Note on the mental hospitals in Burma - 1925-1940
Year: 1925
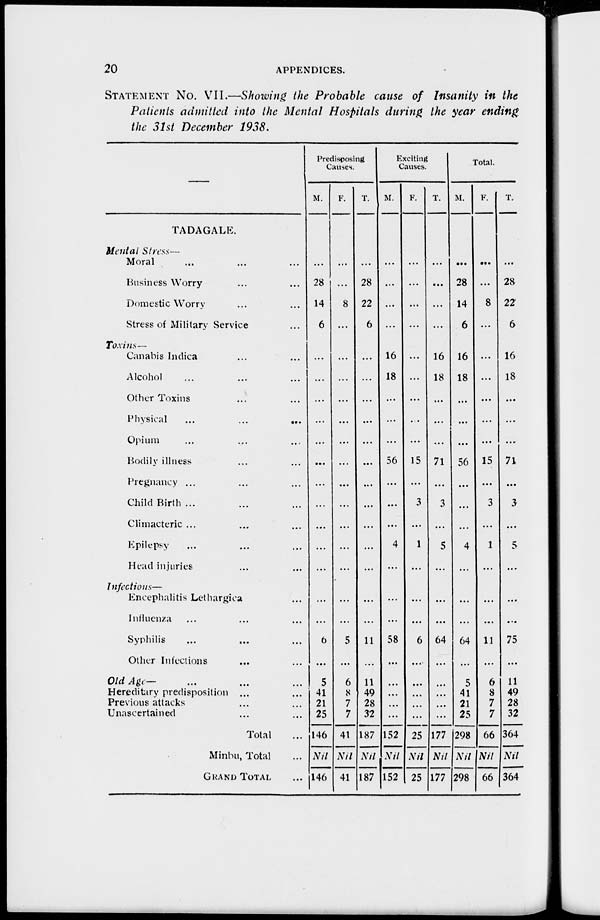
20
APPENDICES.
STATEMENT NO. VII.—Showing the Probable cause of Insanity in the
Patients admitted into the Mental Hospitals during the year ending
the 31st December 1938.
—
TADAGALE.
Mental Stress—
Moral ... ... ...
Business Worry ... ...
Domestic Worry ... ...
Stress of Military Service ...
Toxins—
Canabis Indica ... ...
Alcohol ... ... ...
Other Toxins ... ...
Physical ... ... ...
Opium ... ... ...
Bodily illness ... ...
Pregnancy ... ... ...
Child Birth ... ... ...
Climacteric ... ... ...
Epilepsy ... ... ...
Head injuries ... ...
Infections—
Encephalitis Lethargica ...
Influenza ... ... ...
Syphilis ... ... ...
Other Infections ... ...
Old Age— ... ... ...
Hereditary predisposition ...
Previous attacks ... ...
Unascertained ... ...
Total ...
Minbu, Total ...
GRAND TOTAL ...
Predisposing
Causes.
M.
...
28
14
6
...
...
...
...
...
...
...
...
...
...
...
...
...
6
...
5
41
21
25
146
Nil
146
F.
...
...
8
...
...
...
...
...
...
...
...
...
...
...
...
...
...
5
...
6
8
7
7
41
Nil
41
T.
...
28
22
6
...
...
...
...
...
...
...
...
...
...
...
...
...
11
...
11
49
28
32
187
Nil
187
Exciting
Causes.
M.
...
...
...
...
16
18
...
...
...
56
...
...
...
4
...
...
...
58
...
...
...
...
...
152
Nil
152
F.
...
...
...
...
...
...
...
...
...
15
...
3
...
1
...
...
...
6
...
...
...
...
...
25
Nil
25
T.
...
...
...
...
16
18
...
...
...
71
...
3
...
5
...
...
...
64
...
...
...
...
...
177
Nil
177
Total.
M.
...
28
14
6
16
18
...
...
...
56
...
...
...
4
...
...
...
64
...
5
41
21
25
298
Nil
298
F.
...
...
8
...
...
...
...
...
...
15
...
3
...
1
...
...
...
11
...
6
8
7
7
66
Nil
66
T.
...
28
22
6
16
18
...
...
...
71
...
3
...
5
...
...
...
75
...
11
49
28
32
364
Nil
364